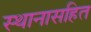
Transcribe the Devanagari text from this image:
स्थानासहित